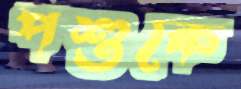
পশুকে